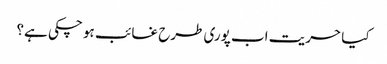
کیا حریت اب پوری طرح غائب ہو چکی ہے؟